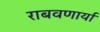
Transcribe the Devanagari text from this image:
राबवणार्या